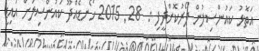
އަތޮޅު ކައުންސިލުން ފޯރުކޮށްދީފި :  28